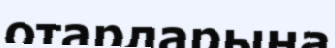
отарларына